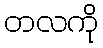
တလကို